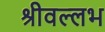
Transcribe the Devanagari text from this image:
श्रीवल्‍लभ